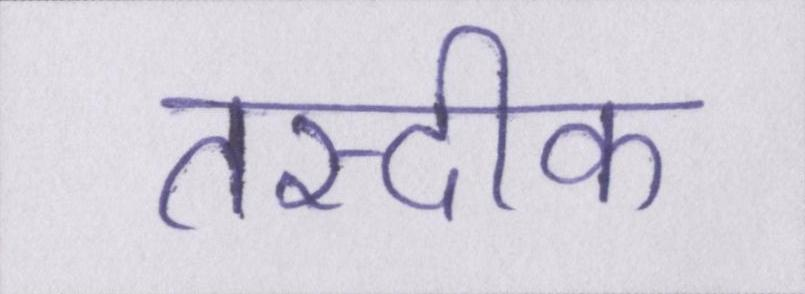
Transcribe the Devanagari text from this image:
तस्दीक